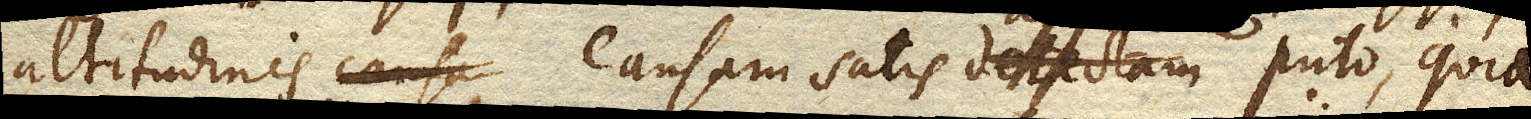
altitudinis causam satis detectam puto, quia